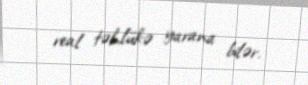
real təhlükə yarana bilər.